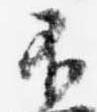
不